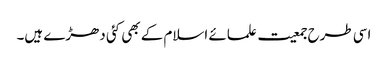
اسی طرح جمعیت علمائے اسلام کے بھی کئی دھڑے ہیں۔